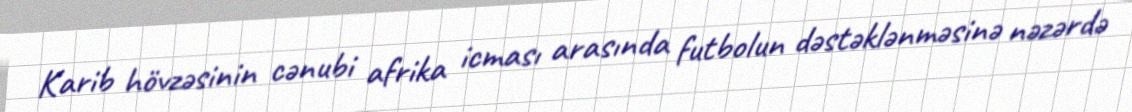
Karib hövzəsinin cənubi afrika icması arasında futbolun dəstəklənməsinə nəzərdə